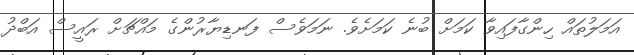
އަމަލުތައް ހިންގާފައިވާ ކަމަށް ބުނެ ކަމަށެވެ. ނަމަވެސް ފަނޑިޔާރުންގެ މައްޗަށް ރައީސް އަބްދު